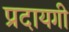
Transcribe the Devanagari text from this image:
प्रदायगी